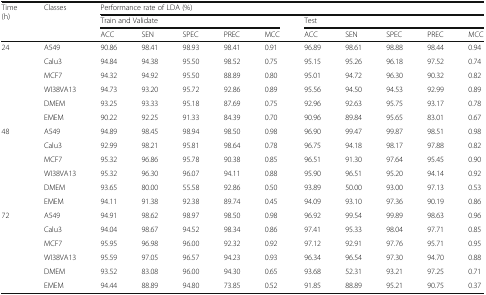
<table><thead><tr><td rowspan="3"><b>Time (h)</b></td><td rowspan="3"><b>Classes</b></td><td colspan="10"><b>Performance rate of LDA (%)</b></td></tr><tr><td colspan="5"><b>Train and Validate</b></td><td colspan="5"><b>Test</b></td></tr><tr><td><b>ACC</b></td><td><b>SEN</b></td><td><b>SPEC</b></td><td><b>PREC</b></td><td><b>MCC</b></td><td><b>ACC</b></td><td><b>SEN</b></td><td><b>SPEC</b></td><td><b>PREC</b></td><td><b>MCC</b></td></tr></thead><tbody><tr><td rowspan="6">24</td><td>A549</td><td>90.86</td><td>98.41</td><td>98.93</td><td>98.41</td><td>0.91</td><td>96.89</td><td>98.61</td><td>98.88</td><td>98.44</td><td>0.94</td></tr><tr><td>Calu3</td><td>94.84</td><td>94.38</td><td>95.50</td><td>98.52</td><td>0.75</td><td>95.15</td><td>95.26</td><td>96.18</td><td>97.52</td><td>0.74</td></tr><tr><td>MCF7</td><td>94.32</td><td>94.92</td><td>95.50</td><td>88.89</td><td>0.80</td><td>95.01</td><td>94.72</td><td>96.30</td><td>90.32</td><td>0.82</td></tr><tr><td>WI38VA13</td><td>94.73</td><td>93.20</td><td>95.72</td><td>92.86</td><td>0.89</td><td>95.56</td><td>94.50</td><td>94.53</td><td>92.99</td><td>0.89</td></tr><tr><td>DMEM</td><td>93.25</td><td>93.33</td><td>95.18</td><td>87.69</td><td>0.75</td><td>92.96</td><td>92.63</td><td>95.75</td><td>93.17</td><td>0.78</td></tr><tr><td>EMEM</td><td>90.22</td><td>92.25</td><td>91.33</td><td>84.39</td><td>0.70</td><td>90.96</td><td>89.84</td><td>95.65</td><td>83.01</td><td>0.67</td></tr><tr><td rowspan="6">48</td><td>A549</td><td>94.89</td><td>98.45</td><td>98.94</td><td>98.50</td><td>0.98</td><td>96.90</td><td>99.47</td><td>99.87</td><td>98.51</td><td>0.98</td></tr><tr><td>Calu3</td><td>92.99</td><td>98.21</td><td>95.81</td><td>98.64</td><td>0.78</td><td>96.75</td><td>94.18</td><td>98.17</td><td>97.88</td><td>0.82</td></tr><tr><td>MCF7</td><td>95.32</td><td>96.86</td><td>95.78</td><td>90.38</td><td>0.85</td><td>96.51</td><td>91.30</td><td>97.64</td><td>95.45</td><td>0.90</td></tr><tr><td>WI38VA13</td><td>95.32</td><td>96.30</td><td>96.07</td><td>94.11</td><td>0.88</td><td>95.90</td><td>96.51</td><td>95.20</td><td>94.14</td><td>0.92</td></tr><tr><td>DMEM</td><td>93.65</td><td>80.00</td><td>55.58</td><td>92.86</td><td>0.50</td><td>93.89</td><td>50.00</td><td>93.00</td><td>97.13</td><td>0.53</td></tr><tr><td>EMEM</td><td>94.11</td><td>91.38</td><td>92.38</td><td>89.74</td><td>0.45</td><td>94.09</td><td>93.10</td><td>97.36</td><td>90.19</td><td>0.86</td></tr><tr><td rowspan="6">72</td><td>A549</td><td>94.91</td><td>98.62</td><td>98.97</td><td>98.50</td><td>0.98</td><td>96.92</td><td>99.54</td><td>99.89</td><td>98.63</td><td>0.96</td></tr><tr><td>Calu3</td><td>94.04</td><td>98.67</td><td>94.52</td><td>98.34</td><td>0.86</td><td>97.41</td><td>95.33</td><td>98.04</td><td>97.71</td><td>0.85</td></tr><tr><td>MCF7</td><td>95.95</td><td>96.98</td><td>96.00</td><td>92.32</td><td>0.92</td><td>97.12</td><td>92.91</td><td>97.76</td><td>95.71</td><td>0.95</td></tr><tr><td>WI38VA13</td><td>95.59</td><td>97.05</td><td>96.57</td><td>94.23</td><td>0.93</td><td>96.34</td><td>96.54</td><td>97.30</td><td>94.70</td><td>0.88</td></tr><tr><td>DMEM</td><td>93.52</td><td>83.08</td><td>96.00</td><td>94.30</td><td>0.65</td><td>93.68</td><td>52.31</td><td>93.21</td><td>97.25</td><td>0.71</td></tr><tr><td>EMEM</td><td>94.44</td><td>88.89</td><td>94.80</td><td>73.85</td><td>0.52</td><td>91.85</td><td>88.89</td><td>95.21</td><td>90.75</td><td>0.37</td></tr></tbody></table>